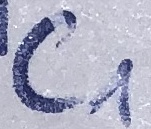
Text: C1